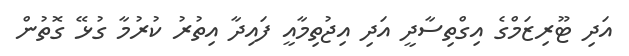
އަދި ޓޫރިޒަމްގެ އިގްތިސާދީ އަދި އިޖުތިމާއީ ފައިދާ އިތުރު ކުރުމާ ގުޅޭ ގޮތުން